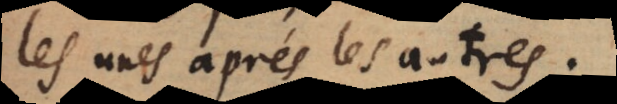
les unes après les autres.